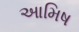
આમિષ